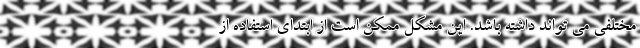
مختلفی می تواند داشته باشد. این مشکل ممکن است از ابتدای استفاده از